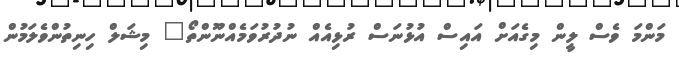
މަންމަ ވެސް ލީން މިގެއަށް އައިސް އުޅުނަސް ރުޅިއެއް ނުދުރުވަމެއްނޫންތޯ" މިޝަލް ހިނިތުންވެލަމުން